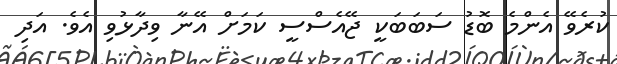
ކުރެވޭ އެންމެ ބޮޑު ސަބަބަކީ ޖޭއެސްސީ ކަމަށް އޭނާ ވިދާޅުވި އެވެ. އަދި